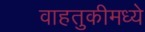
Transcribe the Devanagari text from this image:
वाहतुकीमध्ये